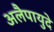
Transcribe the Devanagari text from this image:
अलैपायुदे